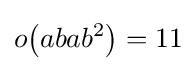
o{\bigl (}abab^{2}{\bigr )}=11